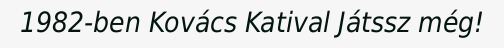
1982-ben Kovács Katival Játssz még!